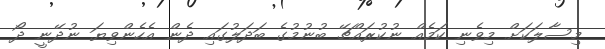
މިސާލަކަށް މިވެނި ކަމެއް ނުކުރައްޗޭ ބުނުމުގެ ބަދަލުގައި ދެން އެހެންވިޔަ ނުދޭނީ ދޯ